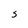
Character: S